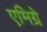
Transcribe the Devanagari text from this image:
एमिग्रे